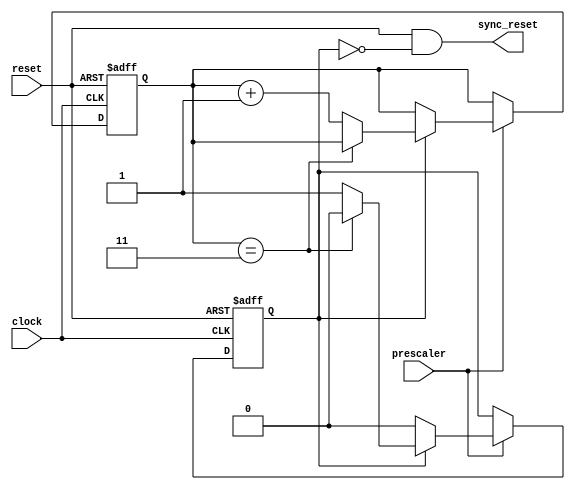
////////////////////////////////////////////////////////////////////////////////////////////////////
//
// Interessengruppe fuer Mikroelektronik und Eingebettete Systeme (IMES)
// Fachhochschule Dortmund
//
// Tool         : Mentor Graphics HDL Designer(TM) 2015.1b (Build 4)
// Description  : Reset Generator fr MAC. Fr 3 langsame (prescaler) Taktflanken das
//                Resetsignal aktivieren, damit langsam getaktete, synchrone Register
//                zurckgesetzt werden.
// Commentary   : DW 2005_06_30 clock Flanke von negativ auf positiv geaendert. 
//
// Changelog:
// -------------------------------------------------------------------------------------------------
// Version | Author             | Date       | Changes
// -------------------------------------------------------------------------------------------------
// 0.9     | Leduc              | 08.07.2019 | created
// -------------------------------------------------------------------------------------------------
// 0.91    | Leduc              | 21.10.2019 | changed prescaler / added main clock
// -------------------------------------------------------------------------------------------------
// 0.92    | Leduc              | 12.02.2020 | Added Changes done in Verilog Triplication Files
// -------------------------------------------------------------------------------------------------
////////////////////////////////////////////////////////////////////////////////////////////////////

//`resetall
//`timescale 1ns/10ps
//`default_nettype none

module reset_mac2(
    input  wire reset,          // resetgen
    input  wire clock,          // clock
    input  wire prescaler,      // prescaler
    output wire sync_reset     // MAC-Komponenten
);

reg [1:0] count;
reg       active;                // high, solange reset counter aktiv

assign sync_reset = reset & (~active);
  
  
always@(posedge clock, negedge reset)
begin
  if (reset == 1'b0) begin        // asynchroner Reset (low aktiv)
      active <= 1'b1;             // Aktivieren
      count  <= 2'd0;             // Zhler klarmachen
      end
  else begin
   if (prescaler == 1'b1)
     if (active == 1'b1)
       if (count == 2'd3)          // 0,1,2= drei Taktflanken
         active <= 1'b0;           // deaktivieren
       else
         count  <= count +2'd1;    // inkrementieren
  end
end

endmodule